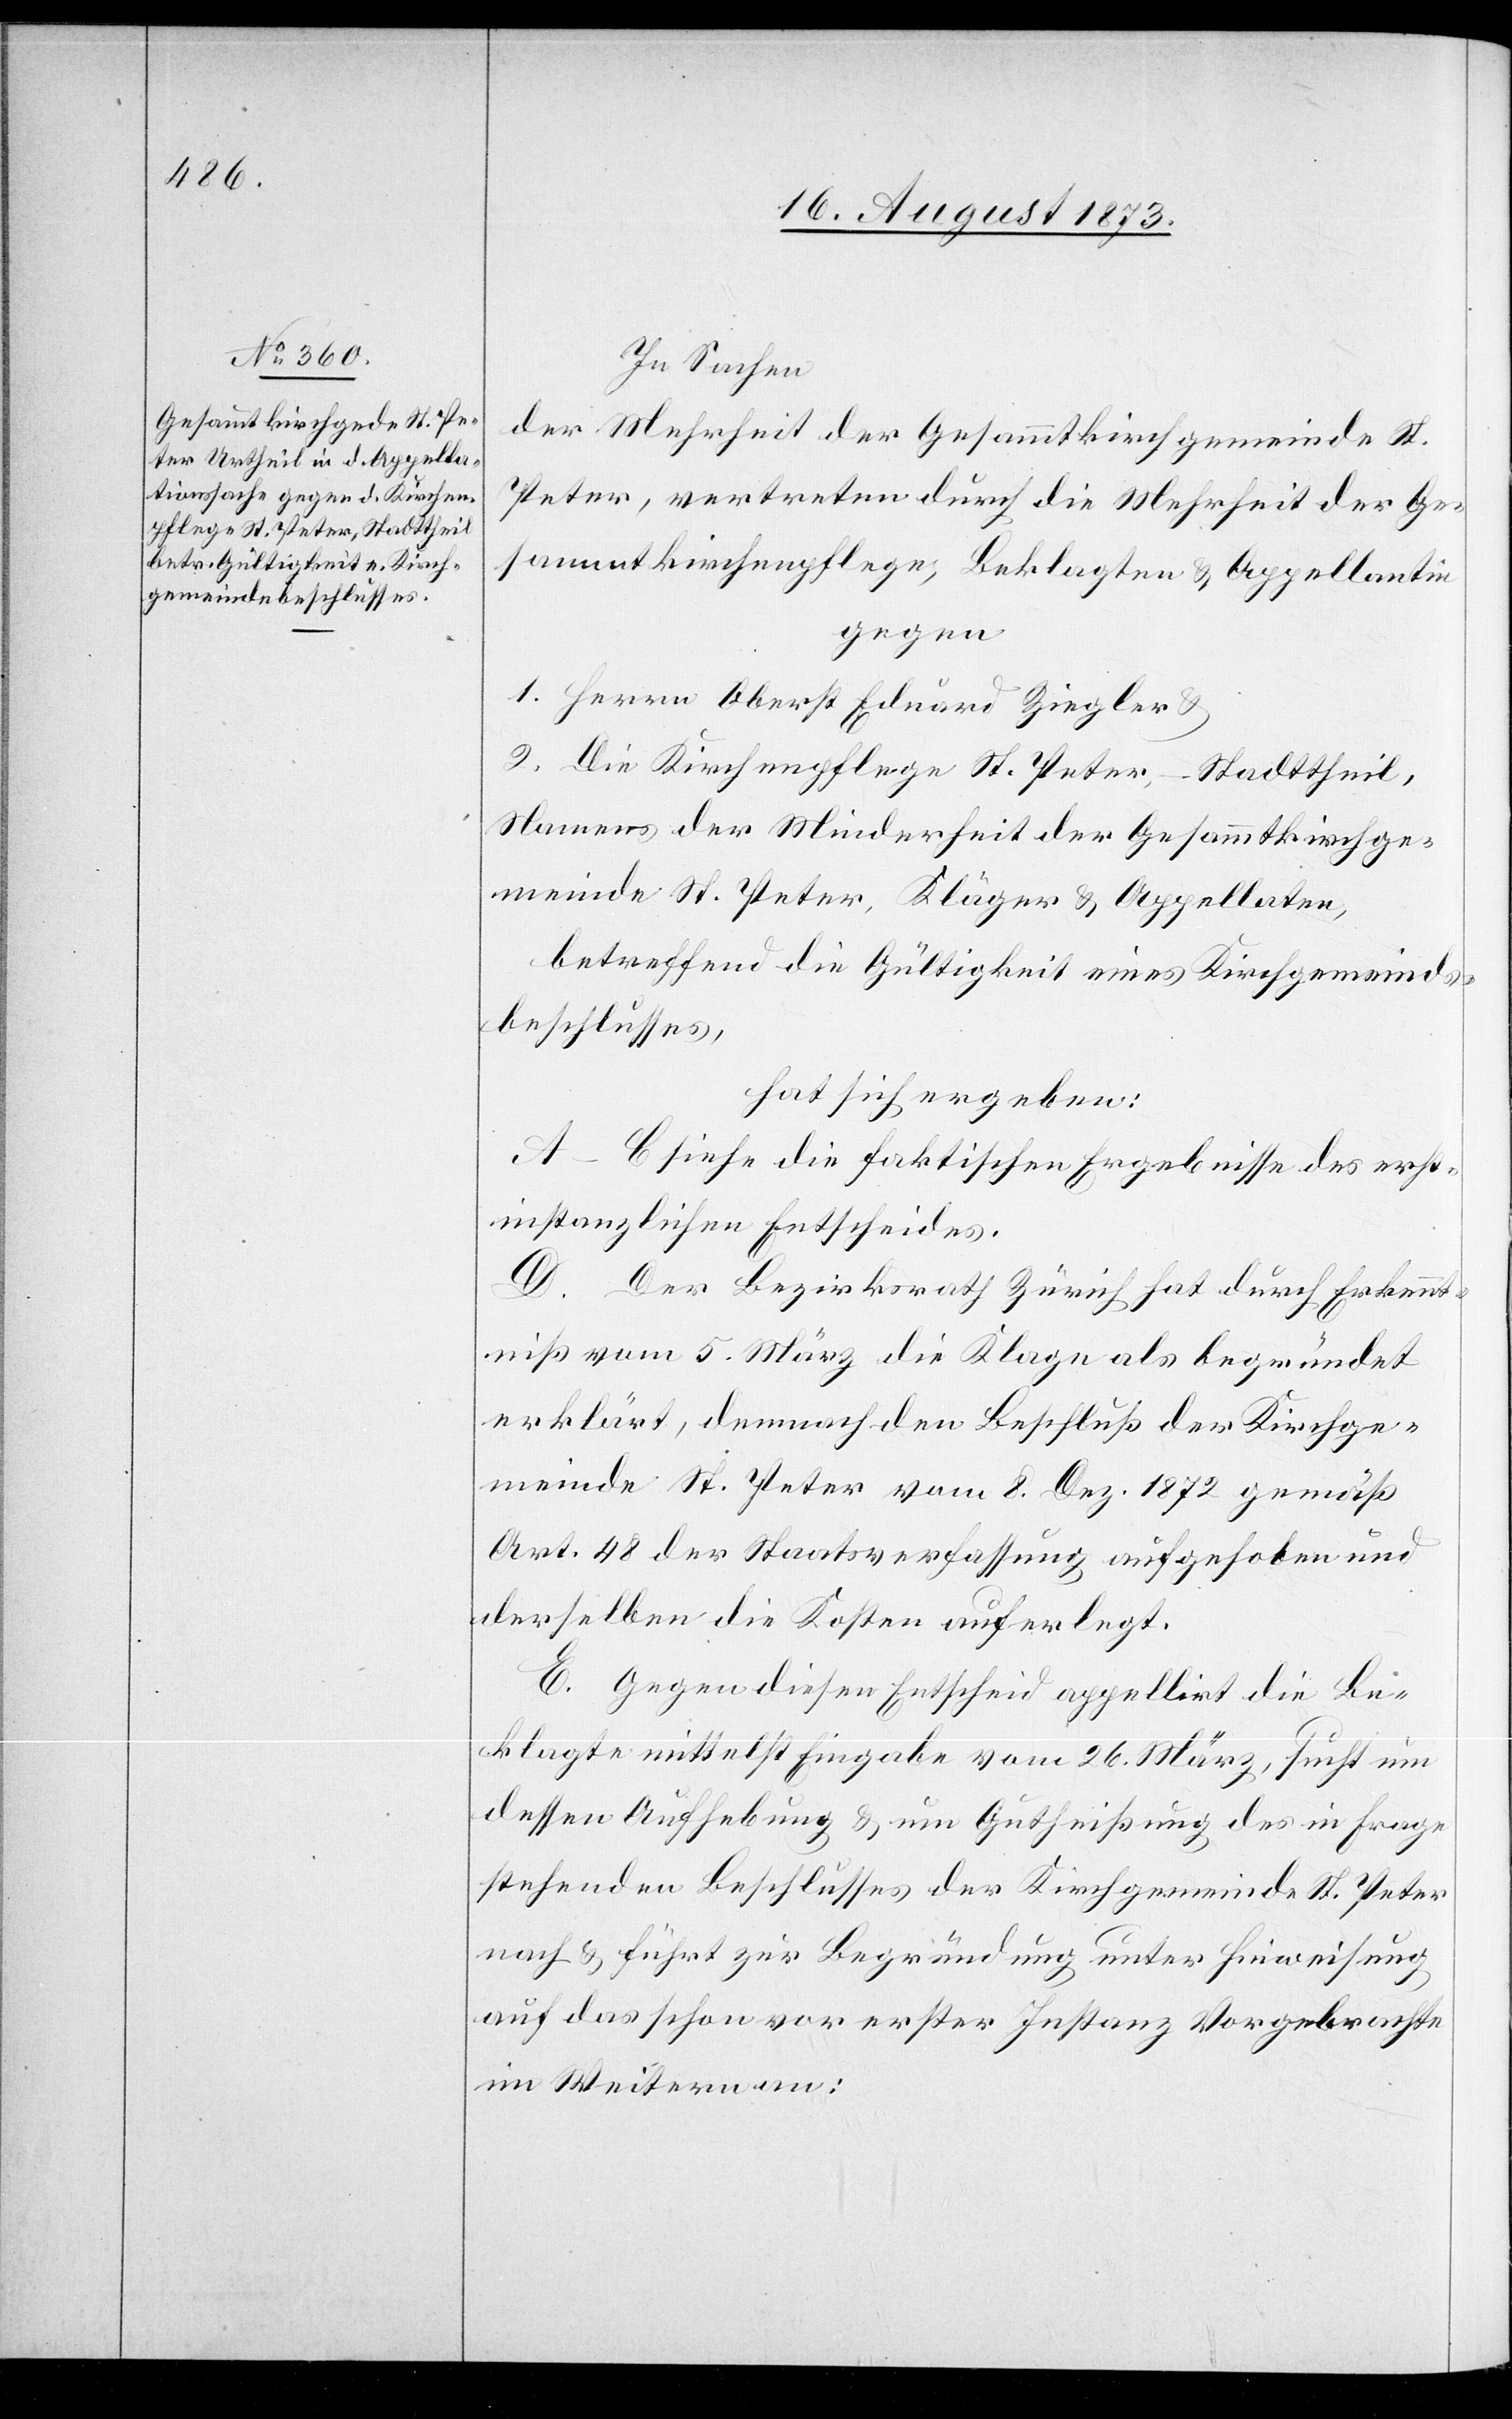
In Sachen
der Mehrheit der Gesammtkirchgemeinde St.
Peter, vertreten durch die Mehrheit der Ge¬
sammtkirchenpflege, Beklagten & Appellantin
gegen
1. Herrn Oberst Eduard Ziegler &
2. Die Kirchenpflege St. Peter, – Stadttheil,
Namens der Minderheit der Gesammtkirchge¬
meinde St. Peter, Kläger & Appellaten,
betreffend die Gültigkeit eines Kirchgemeinds¬
beschlusses,
hat sich ergeben:
A–C siehe die faktischen Ergebnisse des erst¬
instanzlichen Entscheides.
D. Der Bezirksrath Zürich hat durch Erkennt¬
niß vom 5. März die Klage als begründet
erklärt, demnach den Beschluß der Kirchge¬
meinde St. Peter vom 8. Dez. 1872 gemäß
Art. 48 der Staatsverfassung aufgehoben und
derselben die Kosten auferlegt.
E. Gegen diesen Entscheid appellirt die Be¬
klagte mittelst Eingabe vom 26. März, sucht um
dessen Aufhebung & um Gutheißung des in Frage
stehenden Beschlusses der Kirchgemeinde St. Peter
nach & führt zur Begründung unter Hinweisung
auf das schon vor erster Instanz Vorgebrachte
im Weitern an: